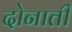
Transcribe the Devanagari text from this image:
दोनाती